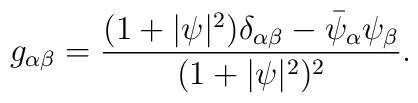
g_{\alpha\beta}=\frac{(1+\vert\psi\vert^2)\delta_{\alpha\beta}-\bar\psi_\alpha\psi_\beta}{(1+\vert\psi\vert^2)^2}.